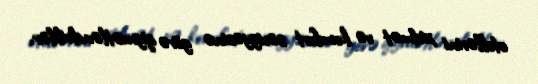
otellərini xidmət və komfort səviyyəsinə görə qiymətləndiriblər.